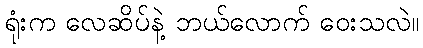
ရုံးက လေဆိပ်နဲ့ ဘယ်လောက် ဝေးသလဲ။